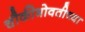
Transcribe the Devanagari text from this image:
चौकीभोवतीच्या